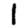
Digit: 1